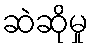
ဆဲဆိုမှု